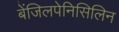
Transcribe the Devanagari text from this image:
बेंजिलपेनिसिलिन